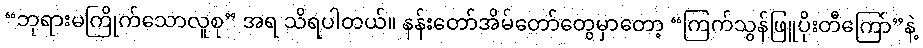
“ဘုရားမကြိုက်သောလူစု” အရ သိရပါတယ်။ နန်းတော်အိမ်တော်တွေမှာတော့ “ကြက်သွန်ဖြူပိုးတီကြော်”နဲ့